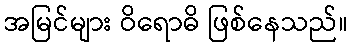
အမြင်များ ဝိရောဓိ ဖြစ်နေသည်။